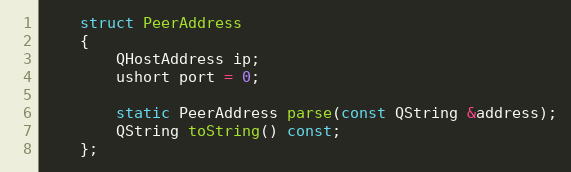
Language: C
    struct PeerAddress
    {
        QHostAddress ip;
        ushort port = 0;

        static PeerAddress parse(const QString &address);
        QString toString() const;
    };